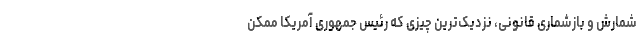
شمارش و بازشماری قانونی، نزدیک‌ترین چیزی که رئیس جمهوری آمریکا ممکن